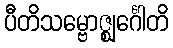
ပီတိသမ္ဗောဇ္ဈင်္ဂေါတိ